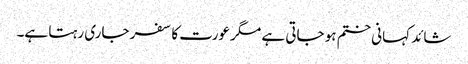
شائد کہانی ختم ہو جاتی ہے مگر عورت کا سفر جاری رہتا ہے۔